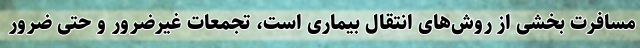
مسافرت بخشی از روش‌های انتقال بیماری است، تجمعات غیرضرور و حتی ضرور